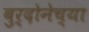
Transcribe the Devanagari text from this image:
बुर्दोनेच्या